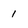
Character: 1